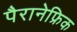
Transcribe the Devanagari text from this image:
पैरानेफ्रिक